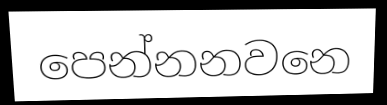
පෙන්නනවනෙ